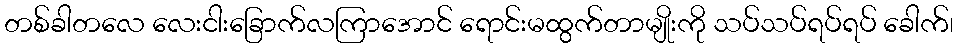
တစ်ခါတလေ လေးငါးခြောက်လကြာအောင် ရောင်းမထွက်တာမျိုးကို သပ်သပ်ရပ်ရပ် ခေါက်၊